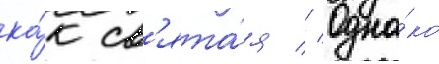
ка́к св'ята́я // Одна́ко